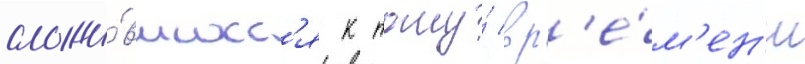
сложи́вшихс'я к тому́ вр'е́м'ен'и